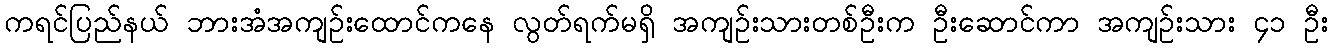
ကရင်ပြည်နယ် ဘားအံအကျဉ်းထောင်ကနေ လွတ်ရက်မရှိ အကျဉ်းသားတစ်ဦးက ဦးဆောင်ကာ အကျဉ်းသား ၄၁ ဦး